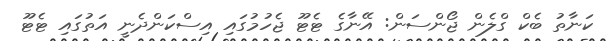
ކަނާތު ބެކް ގްލެން ޖޯންސަން: އޭނާގެ ޓެޓޫ ޖެހުމުގައި އިސްކަންދެނީ އަތުގައި ޓެޓޫ